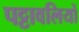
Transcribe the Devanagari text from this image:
पट्टावलियों